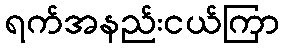
ရက်အနည်းငယ်ကြာ